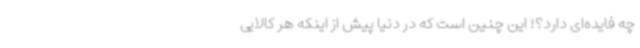
چه فایده‌ای دارد؟! این چنین است که در دنیا پیش از اینکه هر کالایی